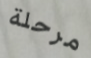
مرحلة